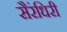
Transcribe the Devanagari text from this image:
सैरंधिरी